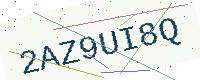
Text: 2AZ9UI8Q